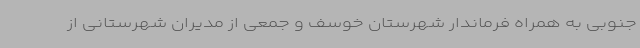
جنوبی به همراه فرماندار شهرستان خوسف و جمعی از مدیران شهرستانی از